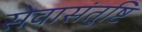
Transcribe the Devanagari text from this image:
सेवासंतुष्टि